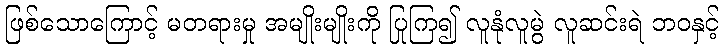
ဖြစ်သောကြောင့် မတရားမှု အမျိုးမျိုးကို ပြုကြ၍ လူနုံလူမွဲ လူဆင်းရဲ ဘဝနှင့်